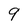
Character: 9